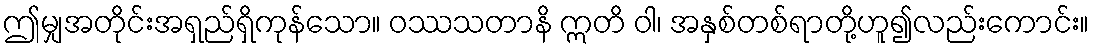
ဤမျှအတိုင်းအရှည်ရှိကုန်သော။ ဝဿသတာနိ ဣတိ ဝါ၊ အနှစ်တစ်ရာတို့ဟူ၍လည်းကောင်း။